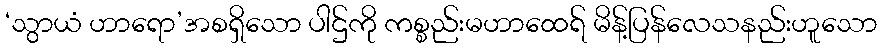
‘သွာယံ ဟာရော’အစရှိသော ပါဌ်ကို ကစ္စည်းမဟာထေရ် မိန့်ပြန်လေသနည်းဟူသော